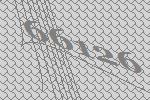
66126